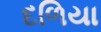
દળિયા